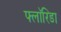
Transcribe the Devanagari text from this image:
फ्लाॅरिडा